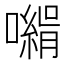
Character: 𡁰